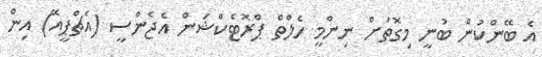
އެ ބޭންކުން ބުނީ މިގޮތަށް ނިންމީ ހެލްތް ޕްރޮޓެކްޝަން އެޖެންސީ (އެޗްޕީއޭ) އިން